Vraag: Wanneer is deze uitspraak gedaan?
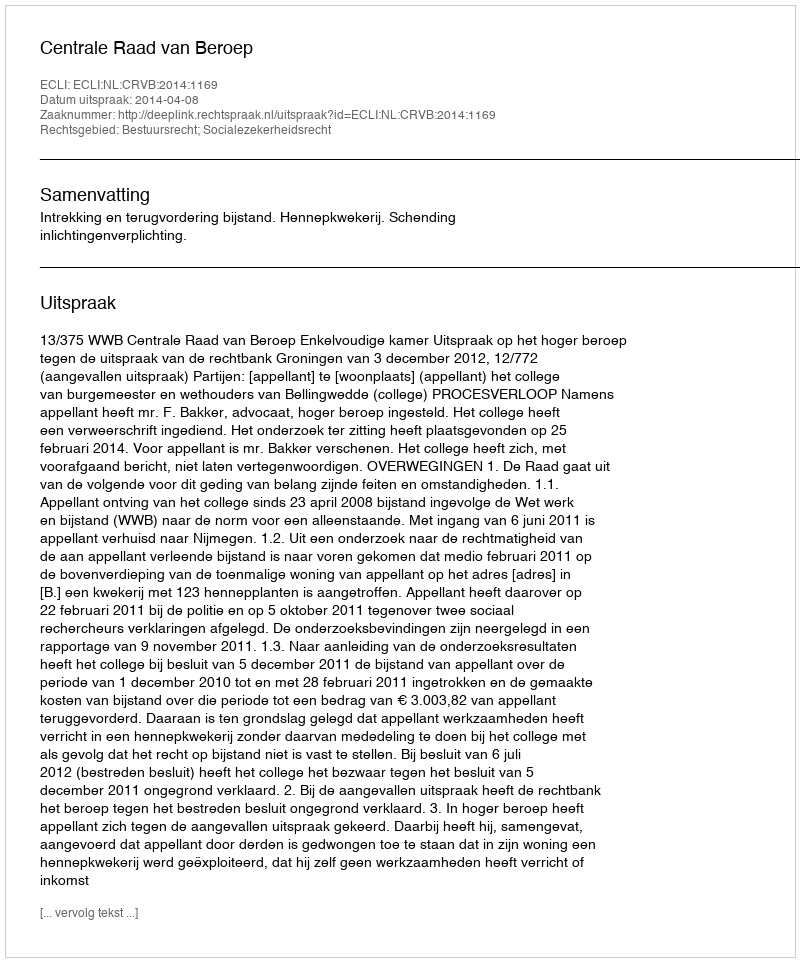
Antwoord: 2014-04-08